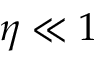
\eta \ll 1